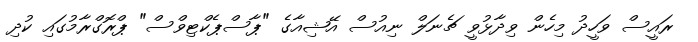
ރައީސް ވަހީދު މިހެން ވިދާޅުވީ ޗެނަލް ނިއުސް އޭޝިއާގެ "ޕާސްޕެކްޓިވްސް" ޕްރޮގްރާމުގައި ކުދި